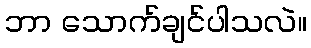
ဘာ သောက်ချင်ပါသလဲ။